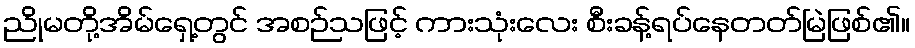
ညိုမတို့အိမ်ရှေ့တွင် အစဉ်သဖြင့် ကားသုံးလေး စီးခန့်ရပ်နေတတ်မြဲဖြစ်၏။